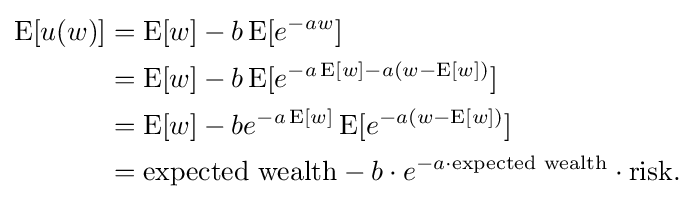
{\begin{aligned}\operatorname {E} [u(w)]&=\operatorname {E} [w]-b\operatorname {E} [e^{-aw}]\\&=\operatorname {E} [w]-b\operatorname {E} [e^{-a\operatorname {E} [w]-a(w-\operatorname {E} [w])}]\\&=\operatorname {E} [w]-be^{-a\operatorname {E} [w]}\operatorname {E} [e^{-a(w-\operatorname {E} [w])}]\\&={\text{expected wealth}}-b\cdot e^{-a\cdot {\text{expected wealth}}}\cdot {\text{risk}}.\end{aligned}}